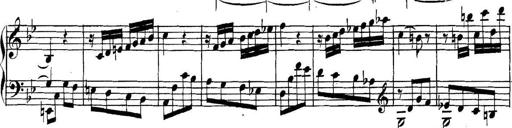
Title: Collected Piano Sonatas
Composer: Muzio Clementi